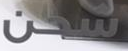
شحن